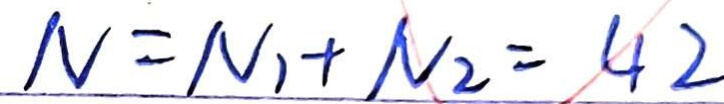
N = N _ { 1 } + N _ { 2 } = 4 2